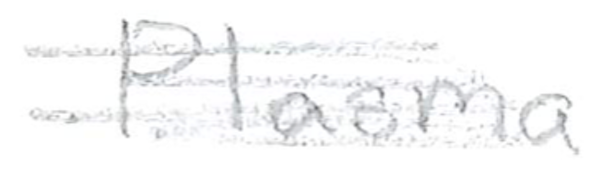
Text: Plasma
Cross-out: scratch
Writing tool: pencil